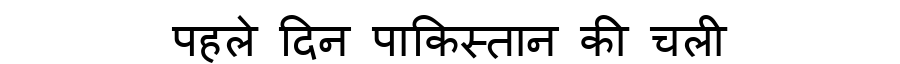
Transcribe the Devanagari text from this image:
पहले दिन पाकिस्तान की चली